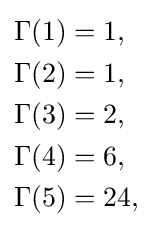
{\begin{aligned}\Gamma (1)&=1,\\\Gamma (2)&=1,\\\Gamma (3)&=2,\\\Gamma (4)&=6,\\\Gamma (5)&=24,\end{aligned}}